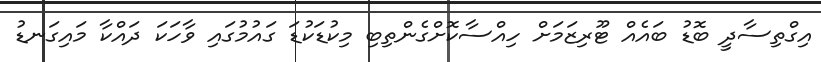
އިގްތިސާދީ ބޮޑު ބައެއް ޓޫރިޒަމަށް ހިއްސާކޮށްގެންތިބި މިކުޑަކުޑަ ގައުމުގައި ވާހަކަ ދައްކާ މައިގަނޑު